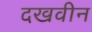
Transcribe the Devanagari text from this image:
दखवीन